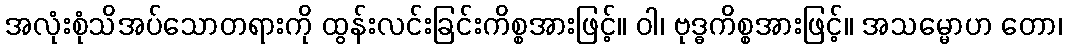
အလုံးစုံသိအပ်သောတရားကို ထွန်းလင်းခြင်းကိစ္စအားဖြင့်။ ဝါ၊ ဗုဒ္ဓကိစ္စအားဖြင့်။ အသမ္မောဟ တော၊